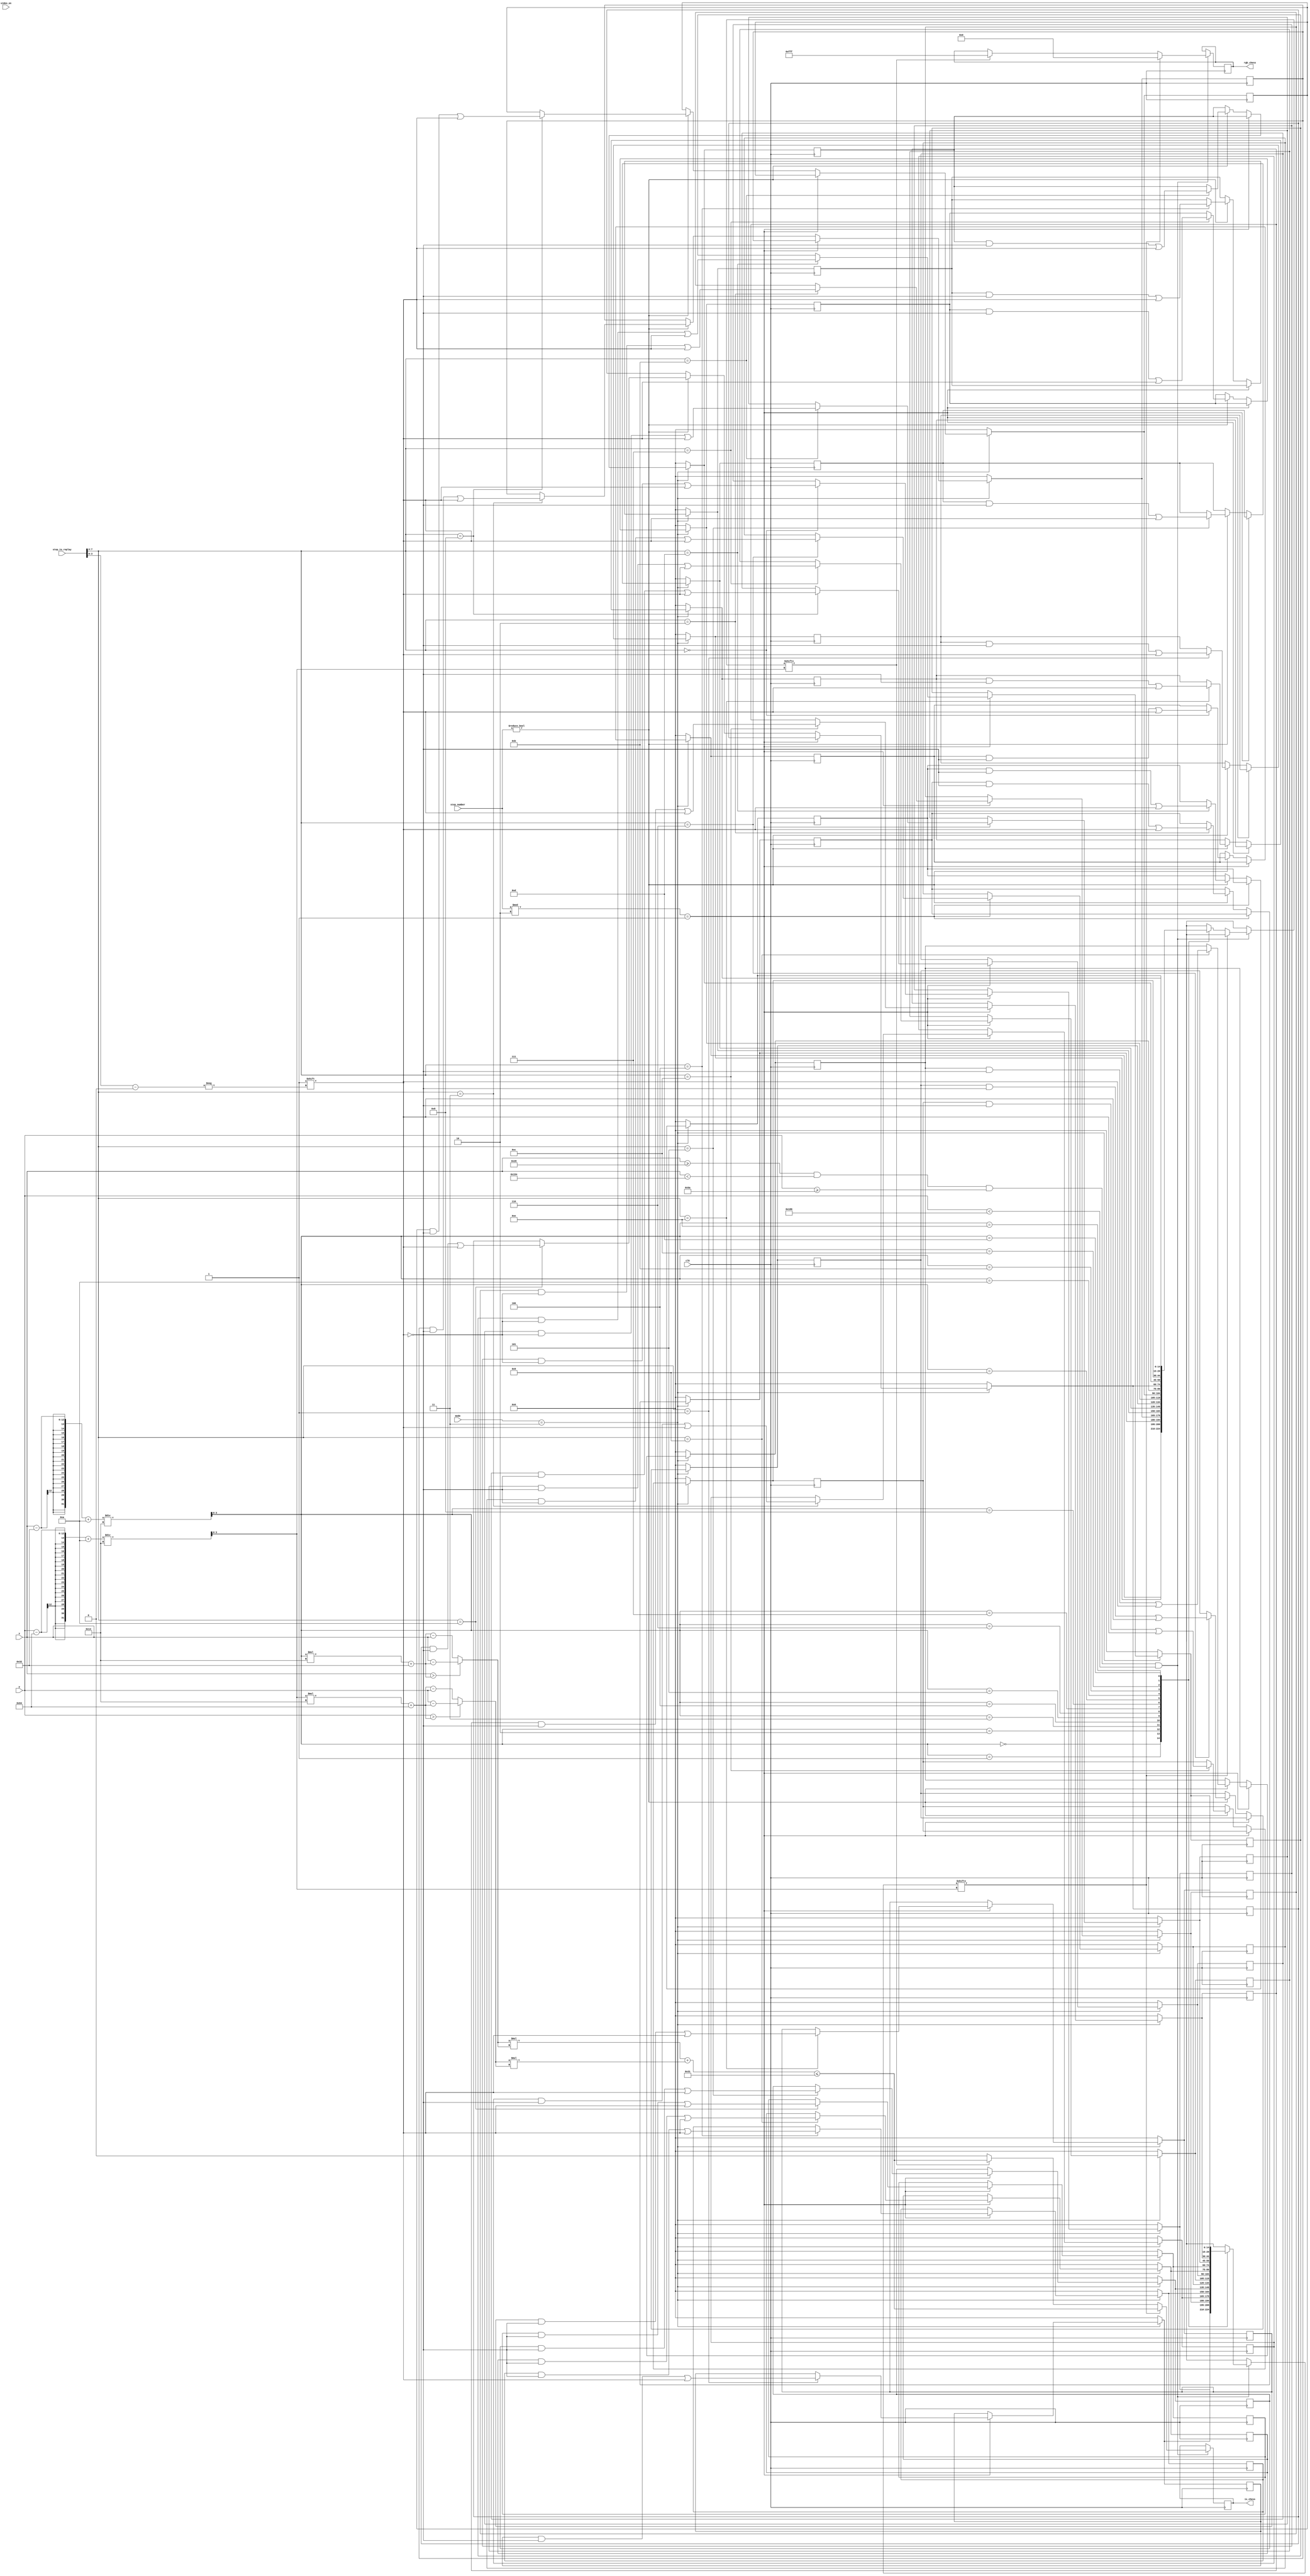
`timescale 1ns / 1ps
//////////////////////////////////////////////////////////////////////////////////
// Company: 
// Engineer: 
// 
// Design Name: 
// Module Name: replay_control
// Project Name: 
// Target Devices: 
// Tool Versions: 
// Description: 
// 
// Dependencies: 
// 
// Revision:
// Revision 0.01 - File Created
// Additional Comments:
// 
//////////////////////////////////////////////////////////////////////////////////


module replay_control(
    input clk,
    input video_on,
    input [11:0] x, y,
    input [1:0] mode,
    input [7:0]step_to_replay, 
    input [7:0]step_number,
    output reg [11:0] rgb_chess,
    output reg is_chess
);

    localparam GRID_WIDTH = 15;
    localparam GRID_HEIGHT = 15;
    localparam GRID_SPACING_X = 20;
    localparam GRID_SPACING_Y = 20;
    localparam GRID_START_X = 50;
    localparam GRID_START_Y = 100;
    localparam CHESS_RADIUS = 7;
    localparam BLACK = 12'h000;
    localparam WHITE= 12'hFFF;

    reg [3:0]x_replay;
    reg [3:0]y_replay;
    reg [14:0] position_black [14:0];
    reg [14:0] position_white [14:0];
    reg color = 0;
    reg [3:0] i,j;
    reg [11:0]center_x;
    reg [11:0]center_y;
    reg [11:0]dx;
    reg [11:0]dy;
        
    initial begin
        color = 0;
        position_black[0] = 15'd0;
        position_black[1] = 15'd0;
        position_black[2] = 15'd0;
        position_black[3] = 15'd0;
        position_black[4] = 15'd0;
        position_black[5] = 15'd0;
        position_black[6] = 15'd0;
        position_black[7] = 15'd0;
        position_black[8] = 15'd0;
        position_black[9] = 15'd0;
        position_black[10] = 15'd0;
        position_black[11] = 15'd0;
        position_black[12] = 15'd0;
        position_black[13] = 15'd0;
        position_black[14] = 15'd0;
        
        position_white[0] = 15'd0;
        position_white[1] = 15'd0;
        position_white[2] = 15'd0;
        position_white[3] = 15'd0;
        position_white[4] = 15'd0;
        position_white[5] = 15'd0;
        position_white[6] = 15'd0;
        position_white[7] = 15'd0;
        position_white[8] = 15'd0;
        position_white[9] = 15'd0;
        position_white[10] = 15'd0;
        position_white[11] = 15'd0;
        position_white[12] = 15'd0;
        position_white[13] = 15'd0;
        position_white[14] = 15'd0;   

    end
    
    always @(posedge clk) begin 
        if (mode == 2'b11) begin 
            x_replay = step_to_replay[7:4];
            y_replay = step_to_replay[3:0];
            if (step_number % 2 == 1) begin // Black's turn
                position_black[x_replay][y_replay] = 1;
                color = 0;
            end else if (step_number != 0) begin // White's turn
                position_white[x_replay][y_replay] = 1;
                color = 1;
            end
        end
        else begin
            position_black[0] <= 15'd0;
            position_black[1] <= 15'd0;
            position_black[2] <= 15'd0;
            position_black[3] <= 15'd0;
            position_black[4] <= 15'd0;
            position_black[5] <= 15'd0;
            position_black[6] <= 15'd0;
            position_black[7] <= 15'd0;
            position_black[8] <= 15'd0;
            position_black[9] <= 15'd0;
            position_black[10] <= 15'd0;
            position_black[11] <= 15'd0;
            position_black[12] <= 15'd0;
            position_black[13] <= 15'd0;
            position_black[14] <= 15'd0;
            
            position_white[0] <= 15'd0;
            position_white[1] <= 15'd0;
            position_white[2] <= 15'd0;
            position_white[3] <= 15'd0;
            position_white[4] <= 15'd0;
            position_white[5] <= 15'd0;
            position_white[6] <= 15'd0;
            position_white[7] <= 15'd0;
            position_white[8] <= 15'd0;
            position_white[9] <= 15'd0;
            position_white[10] <= 15'd0;
            position_white[11] <= 15'd0;
            position_white[12] <= 15'd0;
            position_white[13] <= 15'd0;
            position_white[14] <= 15'd0;
        end
        
        // chess display    
        if ((x >= GRID_START_X-10) && (x < GRID_START_X + (GRID_WIDTH-1) * GRID_SPACING_X+10) && (y >= GRID_START_Y-10) && (y < GRID_START_Y + (GRID_HEIGHT-1) * GRID_SPACING_Y+10)) begin
            i = (x - GRID_START_X + GRID_SPACING_X/2) / GRID_SPACING_X;
            j = (y - GRID_START_Y + GRID_SPACING_Y/2) / GRID_SPACING_Y;
            center_x = i * GRID_SPACING_X + GRID_START_X;
            center_y = j * GRID_SPACING_Y + GRID_START_Y;
            dx = (x > center_x) ? (x - center_x) : (center_x - x);
            dy = (y > center_y) ? (y - center_y) : (center_y - y);
            if (position_black[i][j]==1) begin 
                is_chess = ((dx * dx + dy * dy) <= (CHESS_RADIUS * CHESS_RADIUS));
                rgb_chess = BLACK;
            end else if (position_white[i][j]==1) begin 
                is_chess = ((dx * dx + dy * dy) <= (CHESS_RADIUS * CHESS_RADIUS));
                rgb_chess = WHITE;
            end else begin
                is_chess = 0;
            end
        end

    end

endmodule